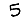
Digit: 5